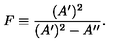
F \equiv { \frac { ( A ^ { \prime } ) ^ { 2 } } { ( A ^ { \prime } ) ^ { 2 } - A ^ { \prime \prime } } } .